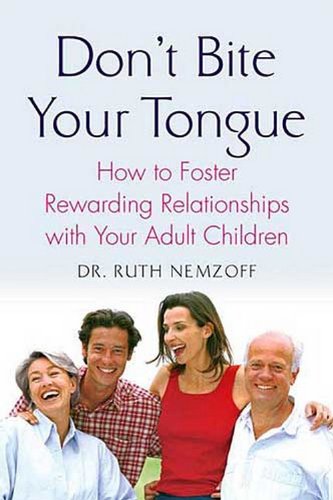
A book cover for Don't Bite Your Tongue: How to Foster Rewarding Relationships with your Adult Children; Ruth Nemzoff; Parenting & Relationships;